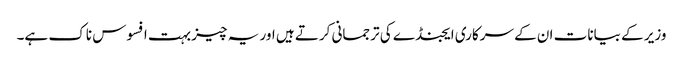
وزیر کے بیانات ان کے سرکاری ایجنڈے کی ترجمانی کرتے ہیں اور یہ چیز بہت افسوس ناک ہے۔